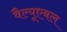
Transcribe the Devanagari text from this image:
वैल्यूएबल